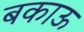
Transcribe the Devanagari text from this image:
बकाऊ